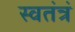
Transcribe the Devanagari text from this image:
स्वतंत्रं